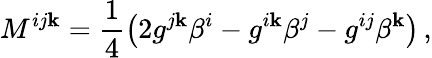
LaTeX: M^{ij\mathbf{k}}=\frac{{1}}{{4}}\left(2g^{j\mathbf{k}}\beta^{i}-g^{i\mathbf{k}}\beta^{j}-g^{ij}\beta^{\mathbf{k}}\right)\, ,